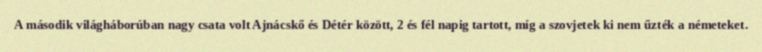
A második világháborúban nagy csata volt Ajnácskő és Détér között, 2 és fél napig tartott, míg a szovjetek ki nem űzték a németeket.